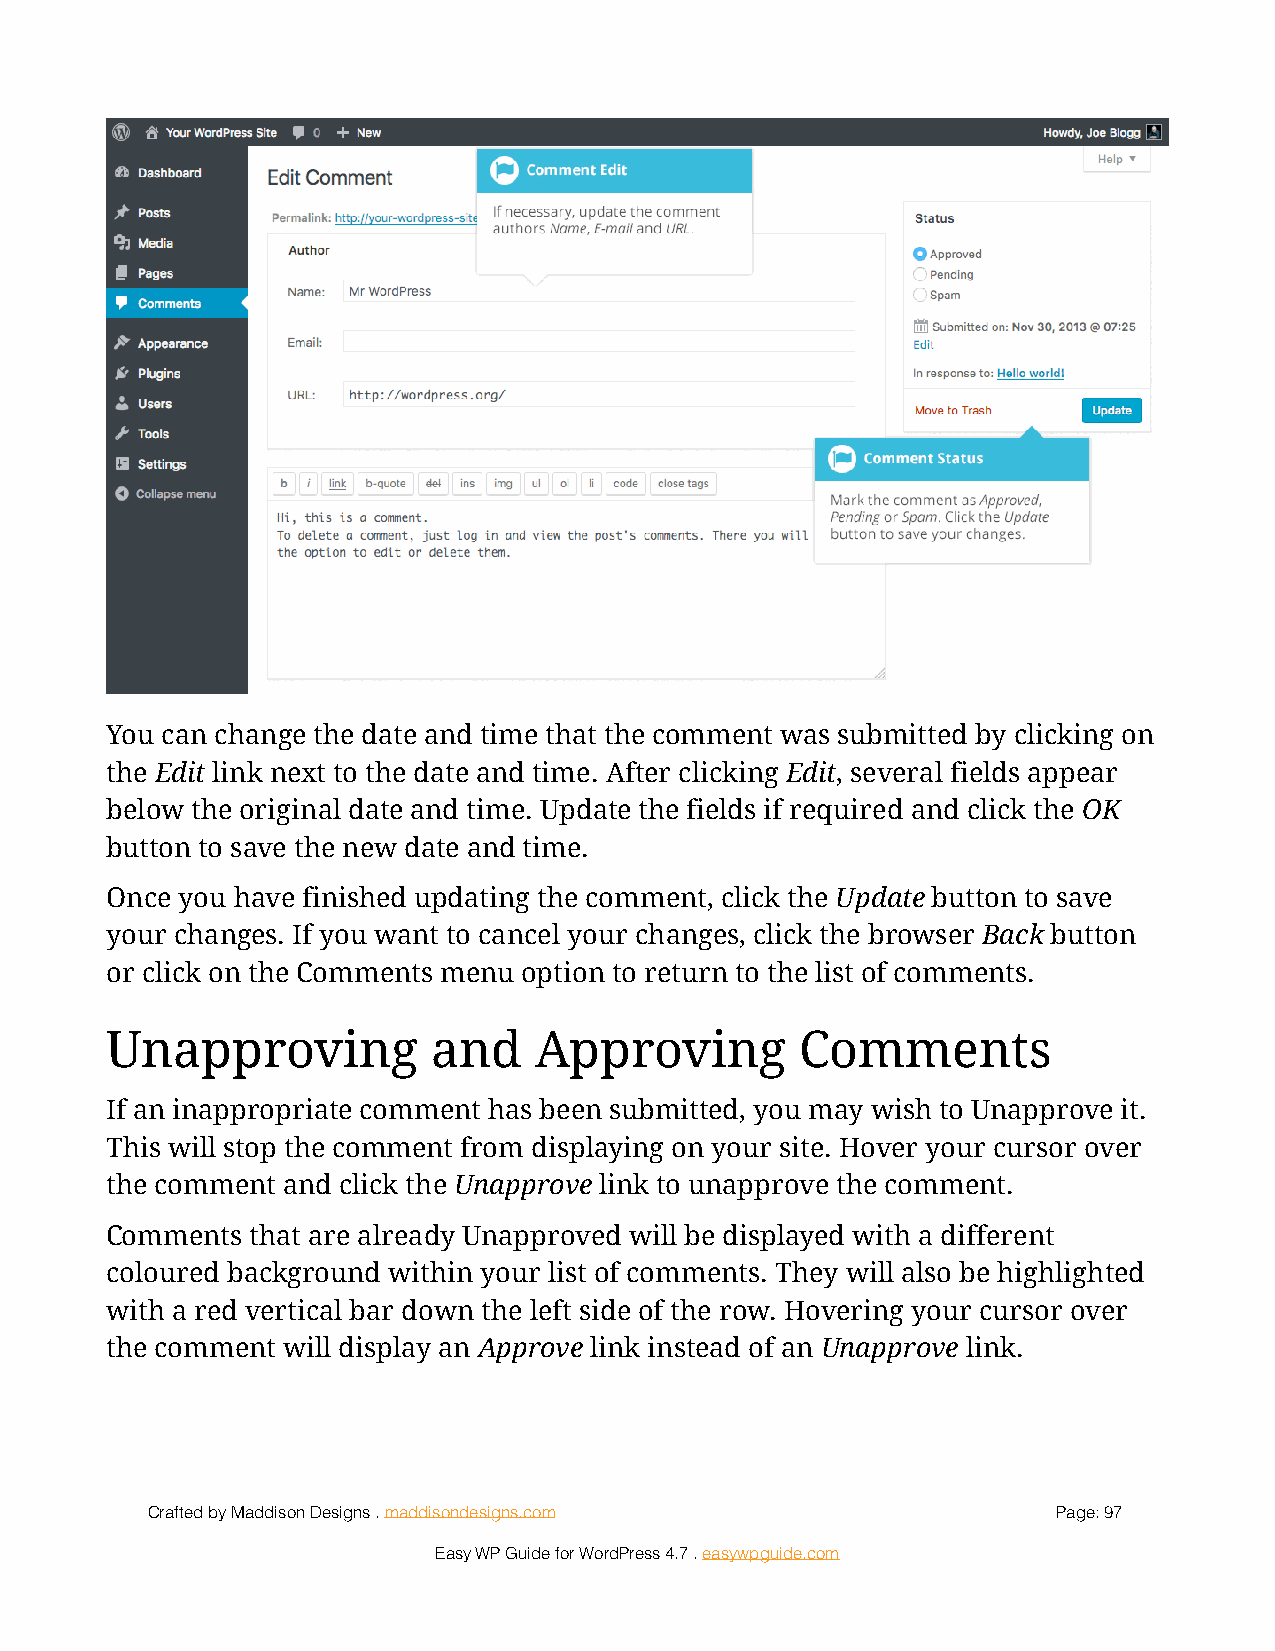
!
 You can change the date and time that the comment was submitted by clicking on
 the Edit link next to the date and time. After clicking Edit, several fields appear
 below the original date and time. Update the fields if required and click the OK
 button to save the new date and time.
 Once you have finished updating the comment, click the Update button to save
 your changes. If you want to cancel your changes, click the browser Back button
 or click on the Comments menu option to return to the list of comments.
 Unapproving           and   Approving         Comments
 If an inappropriate comment has been submitted, you may wish to Unapprove it.
 This will stop the comment from displaying on your site. Hover your cursor over
 the comment and click the Unapprove link to unapprove the comment.
 Comments  that are already Unapproved will be displayed with a different
 coloured background within your list of comments. They will also be highlighted
 with a red vertical bar down the left side of the row. Hovering your cursor over
 the comment will display an Approve link instead of an Unapprove link.
 Crafted by Maddison Designs . maddisondesigns.com           Page: 9 7
 Easy WP Guide for WordPress 4.7 . easywpguide.com